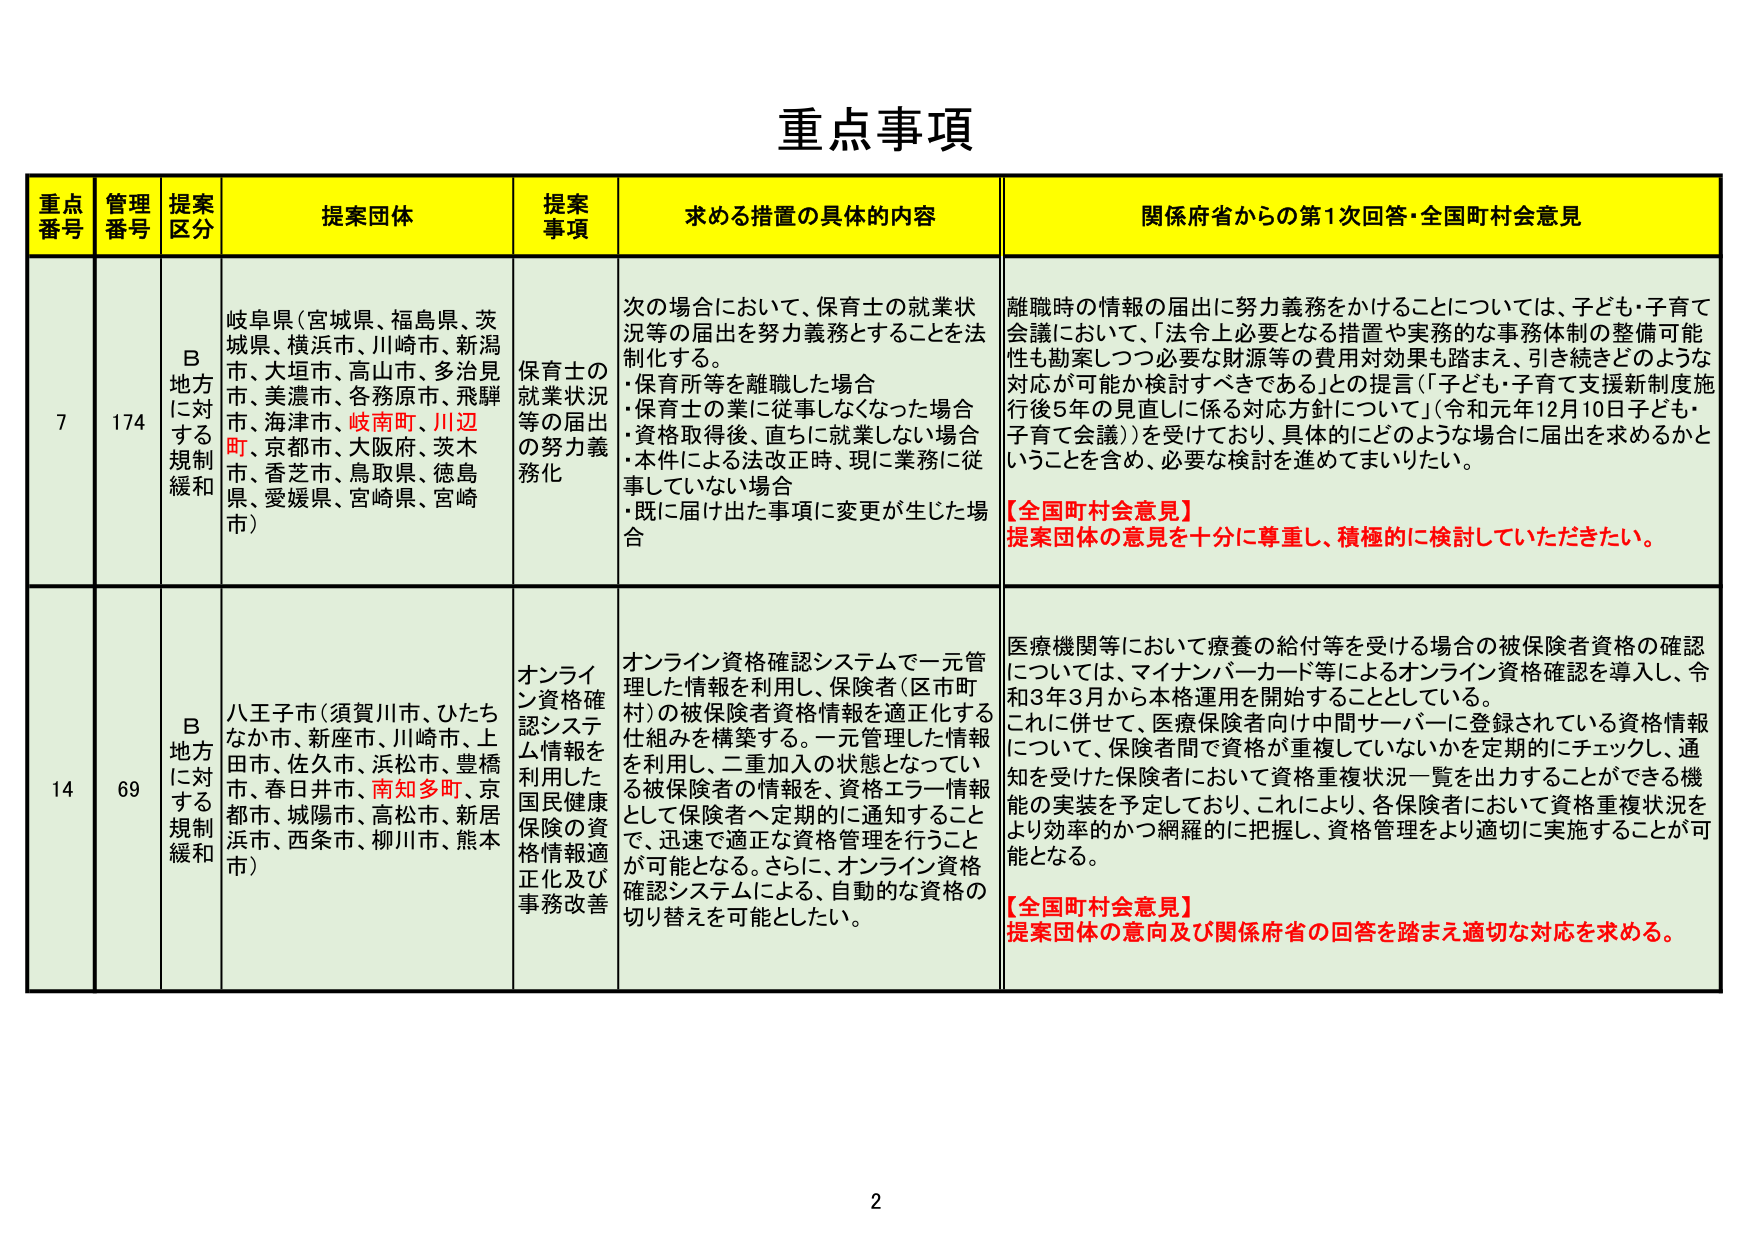
重点事項

重点番号 管理番号 提案区分 提案団体 提案事項 求める措置の具体的内容 関係府省からの第1次回答・全国町村会意見

7 174 B地方に対する規制緩和 岐阜県（宮城県、福島県、茨城県、横浜市、川崎市、新潟市、大垣市、高山市、多治見市、美濃市、各務原市、飛騨市、海津市、岐南町、川辺町、京都市、大阪府、茨木市、香芝市、鳥取県、徳島県、愛媛県、宮崎県、宮崎市） 保育士の就業状況等の届出の努力義務化 次の場合において、保育士の就業状況等の届出を努力義務とすることを法制化する。 ・保育所等を離職した場合 ・保育士の業に従事しなくなった場合 ・資格取得後、直ちに就業しない場合 ・本件による法改正時、現に業務に従事していない場合 ・既に届け出た事項に変更が生じた場合 離職時の情報の届出に努力義務をかけることについては、子ども・子育て会議において、「法令上必要となる措置や実務的な事務体制の整備可能性も勘案しつつ必要な財源等の費用対効果も踏まえ、引き続きどのような対応が可能か検討すべきである」との提言（「子ども・子育て支援新制度施行後5年の見直しに係る対応方針について」（令和元年12月10日子ども・子育て会議））を受けており、具体的にどのような場合に届出を求めるかということを含め、必要な検討を進めてまいりたい。 【全国町村会意見】 提案団体の意見を十分に尊重し、積極的に検討していただきたい。

14 69 B地方に対する規制緩和 八王子市（須賀川市、ひたちなか市、新座市、川崎市、上田市、佐久市、浜松市、豊橋市、春日井市、南知多町、京都市、城陽市、高松市、新居浜市、西条市、柳川市、熊本市） オンライン資格確認システム情報を利用した国民健康保険の資格情報適正化及び事務改善 オンライン資格確認システムで一元管理した情報を利用し、保険者（区市町村）の被保険者資格情報を適正化する仕組みを構築する。一元管理した情報を利用し、二重加入の状態となっている被保険者の情報を、資格エラー情報として保険者へ定期的に通知することで、迅速で適正な資格管理を行うことが可能となる。さらに、オンライン資格確認システムによる、自動的な資格の切り替えを可能としたい。 医療機関等において療養の給付等を受ける場合の被保険者資格の確認については、マイナンバーカード等によるオンライン資格確認を導入し、令和3年3月から本格運用を開始することとしている。これに併せて、医療保険者向け中間サーバーに登録されている資格情報について、保険者間で資格が重複していないかを定期的にチェックし、通知を受けた保険者において資格重複状況一覧を出力することができる機能の実装を予定しており、これにより、各保険者において資格重複状況をより効率的かつ網羅的に把握し、資格管理をより適切に実施することが可能となる。 【全国町村会意見】 提案団体の意向及び関係府省の回答を踏まえ適切な対応を求める。

2